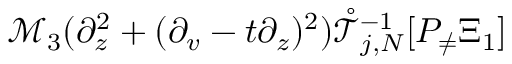
\mathcal { M } _ { 3 } ( \partial _ { z } ^ { 2 } + ( \partial _ { v } - t \partial _ { z } ) ^ { 2 } ) \mathring { \mathcal { T } } _ { j , N } ^ { - 1 } [ P _ { \neq } \Xi _ { 1 } ]